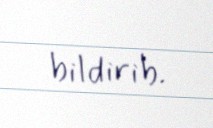
bildirib.